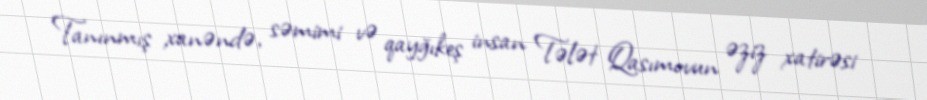
Tanınmış xanəndə, səmimi və qayğıkeş insan Tələt Qasımovun əziz xatirəsi